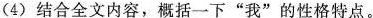
(4)结合全文内容，概括一下”我”的性格特点。